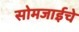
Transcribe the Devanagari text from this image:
सोमजाईचे